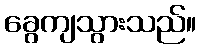
ခွေကျသွားသည်။